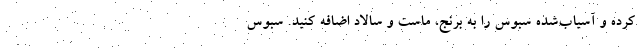
کرده و آسیاب‌‌‌‌شده سبوس را به برنج، ماست و سالاد اضافه کنید. سبوس